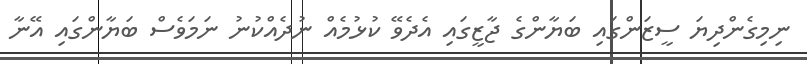
ނިމިގެންދިޔަ ސީޒަންގައި ބަޔާންގެ ޖާޒީގައި އެދެވޭ ކުޅުމެއް ނުދެއްކުނު ނަމަވެސް ބަޔާންގައި އޭނާ